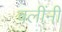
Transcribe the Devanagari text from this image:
बलींनीं